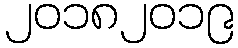
၂၀၁၈၂၀၁၉